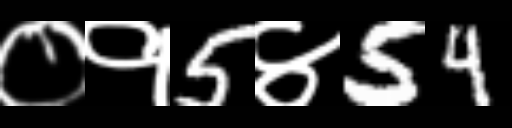
Text: ०१5४54